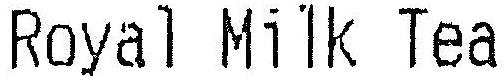
ROYAL MILK TEA